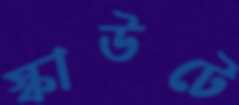
স্কাউটে